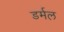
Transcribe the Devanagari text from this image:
डर्मल